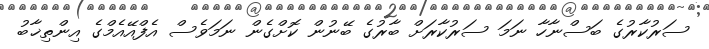
ސަރުކާރުގެ ބަސްނާހާ ނަމަ ސަރުކާރަށް ބާރުގެ ބޭނުން ކޮށްގެން ނަމަވެސް އެފްއޭއެމްގެ އިންތިޚާބު